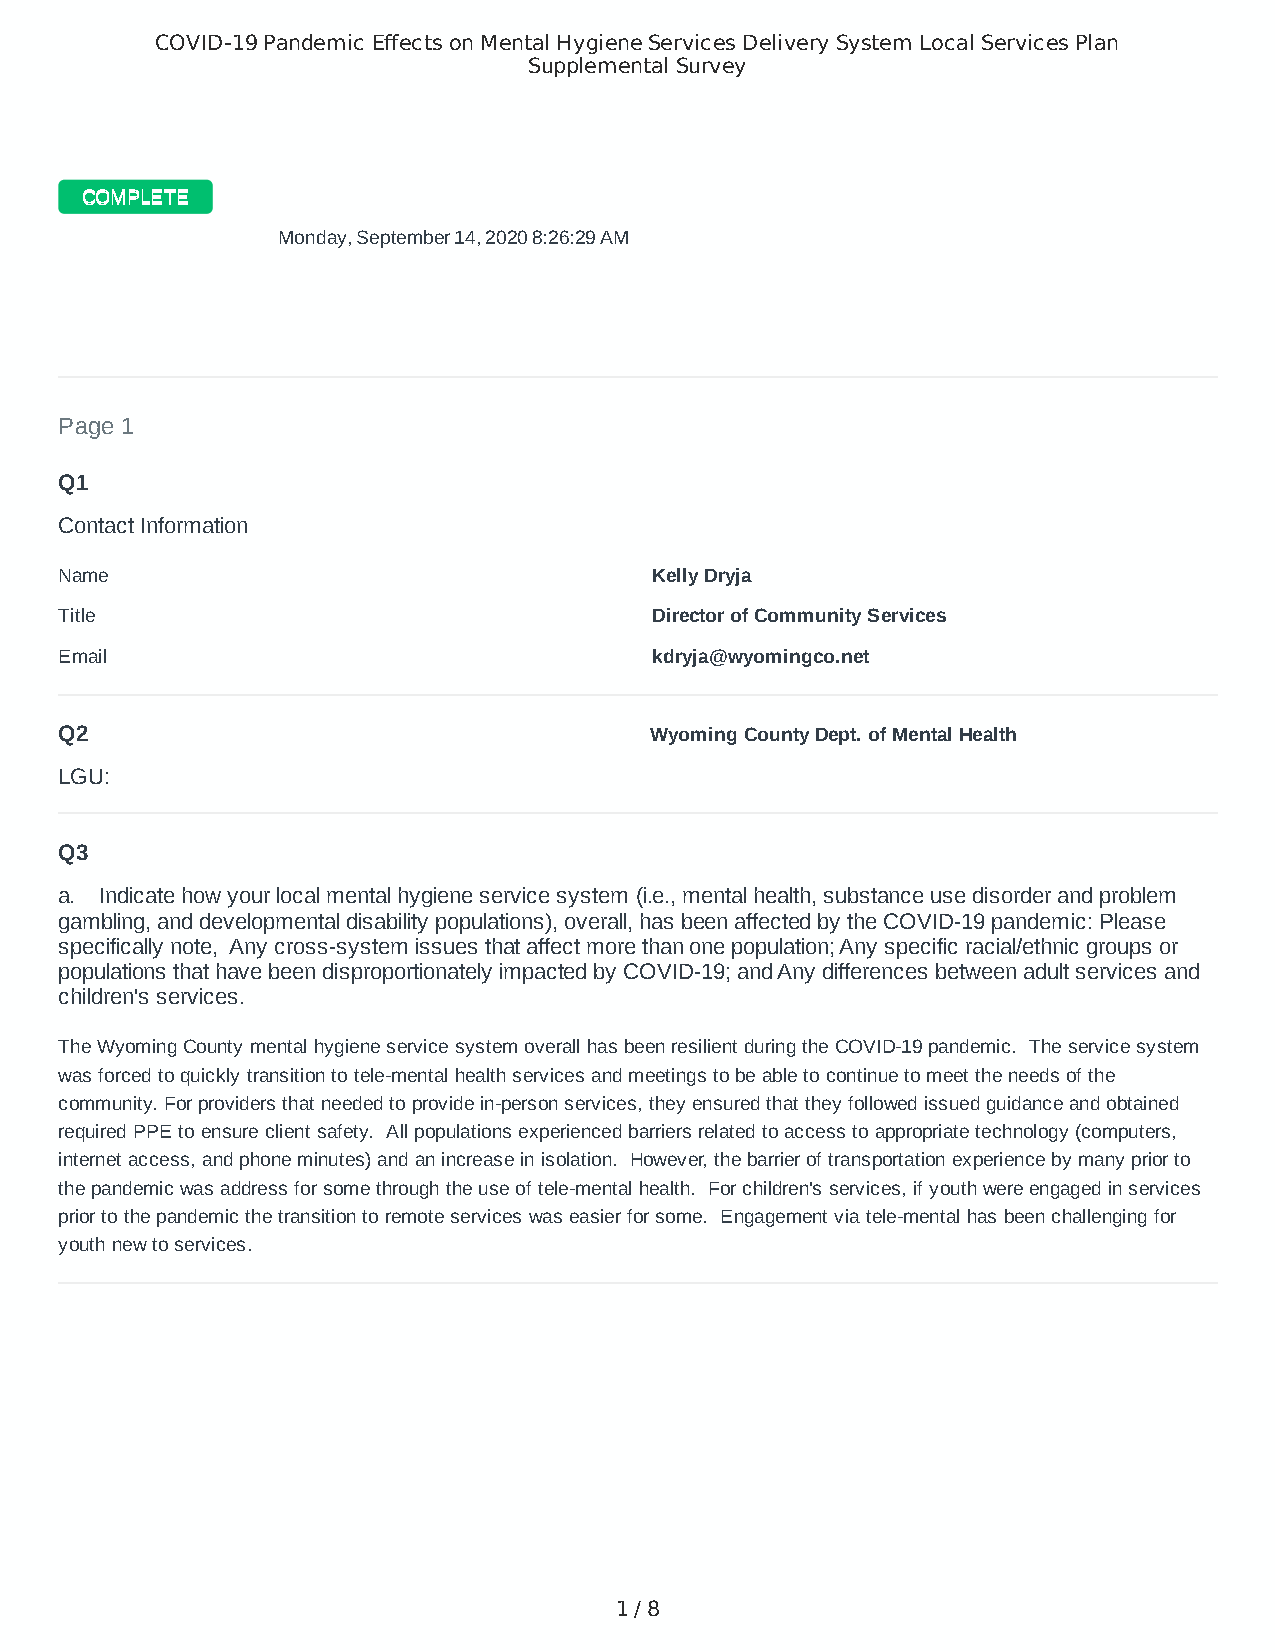
COVID-19 Pandemic Effects on Mental Hygiene Services Delivery System Local Services Plan
 Supplemental Survey
 CCOOMMPPLLEETTEE
 MM oonnddaayy,, SSeepptteemmbbeerr 1144,, 22002200 88::2266::2299 AAMM M
 Page 1
 Q1
 Contact Information
 Name                                   Kelly Dryja
 Title                                  Director of Community Services
 Email                                  kdryja@wyomingco.net
 Q2                                     Wyoming County Dept. of Mental Health
 LGU:
 Q3
 a. Indicate how your local mental hygiene service system (i.e., mental health, substance use disorder and problem
 gambling, and developmental disability populations), overall, has been affected by the COVID-19 pandemic: Please
 specifically note, Any cross-system issues that affect more than one population; Any specific racial/ethnic groups or
 populations that have been disproportionately impacted by COVID-19; and Any differences between adult services and
 children's services.
 The Wyoming County mental hygiene service system overall has been resilient during the COVID-19 pandemic. The service system
 was forced to quickly transition to tele-mental health services and meetings to be able to continue to meet the needs of the
 community. For providers that needed to provide in-person services, they ensured that they followed issued guidance and obtained
 required PPE to ensure client safety. All populations experienced barriers related to access to appropriate technology (computers,
 internet access, and phone minutes) and an increase in isolation. However, the barrier of transportation experience by many prior to
 the pandemic was address for some through the use of tele-mental health. For children's services, if youth were engaged in services
 prior to the pandemic the transition to remote services was easier for some. Engagement via tele-mental has been challenging for
 youth new to services.
 1 / 8